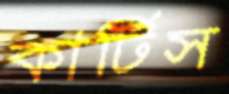
কার্টিস